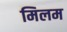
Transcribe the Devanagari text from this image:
मिलम